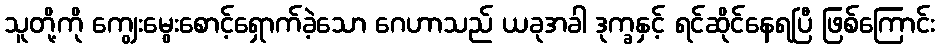
သူတို့ကို ကျွေးမွေးစောင့်ရှောက်ခဲ့သော ဂေဟာသည် ယခုအခါ ဒုက္ခနှင့် ရင်ဆိုင်နေရပြီ ဖြစ်ကြောင်း